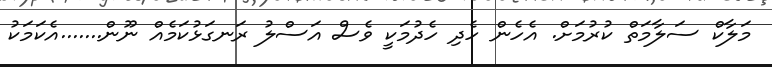
މަލާކް ސަލާމަތް ކުރުމަށް. އެހެން ހެދި ހެދުމަކީ ވެސް އަސްލު ރަނގަޅުކަމެއް ނޫން.......އެކަމަކު